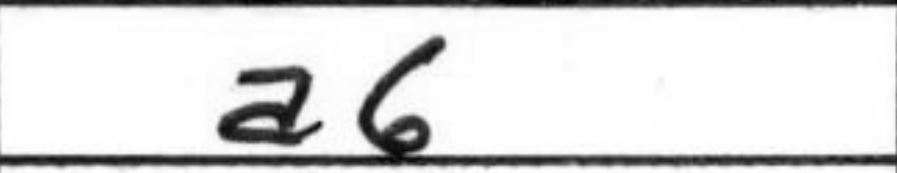
Transcription: a6